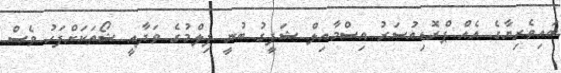
ބައިވެރިޔާގެ އެއް ޕްރޮޑިއުސަރު އިސްމާއިލް ޝަފީގު ބުނީ ފިލްމުގެ ވަދާއީ ޝޯތަކަށްފަހު ވެސް